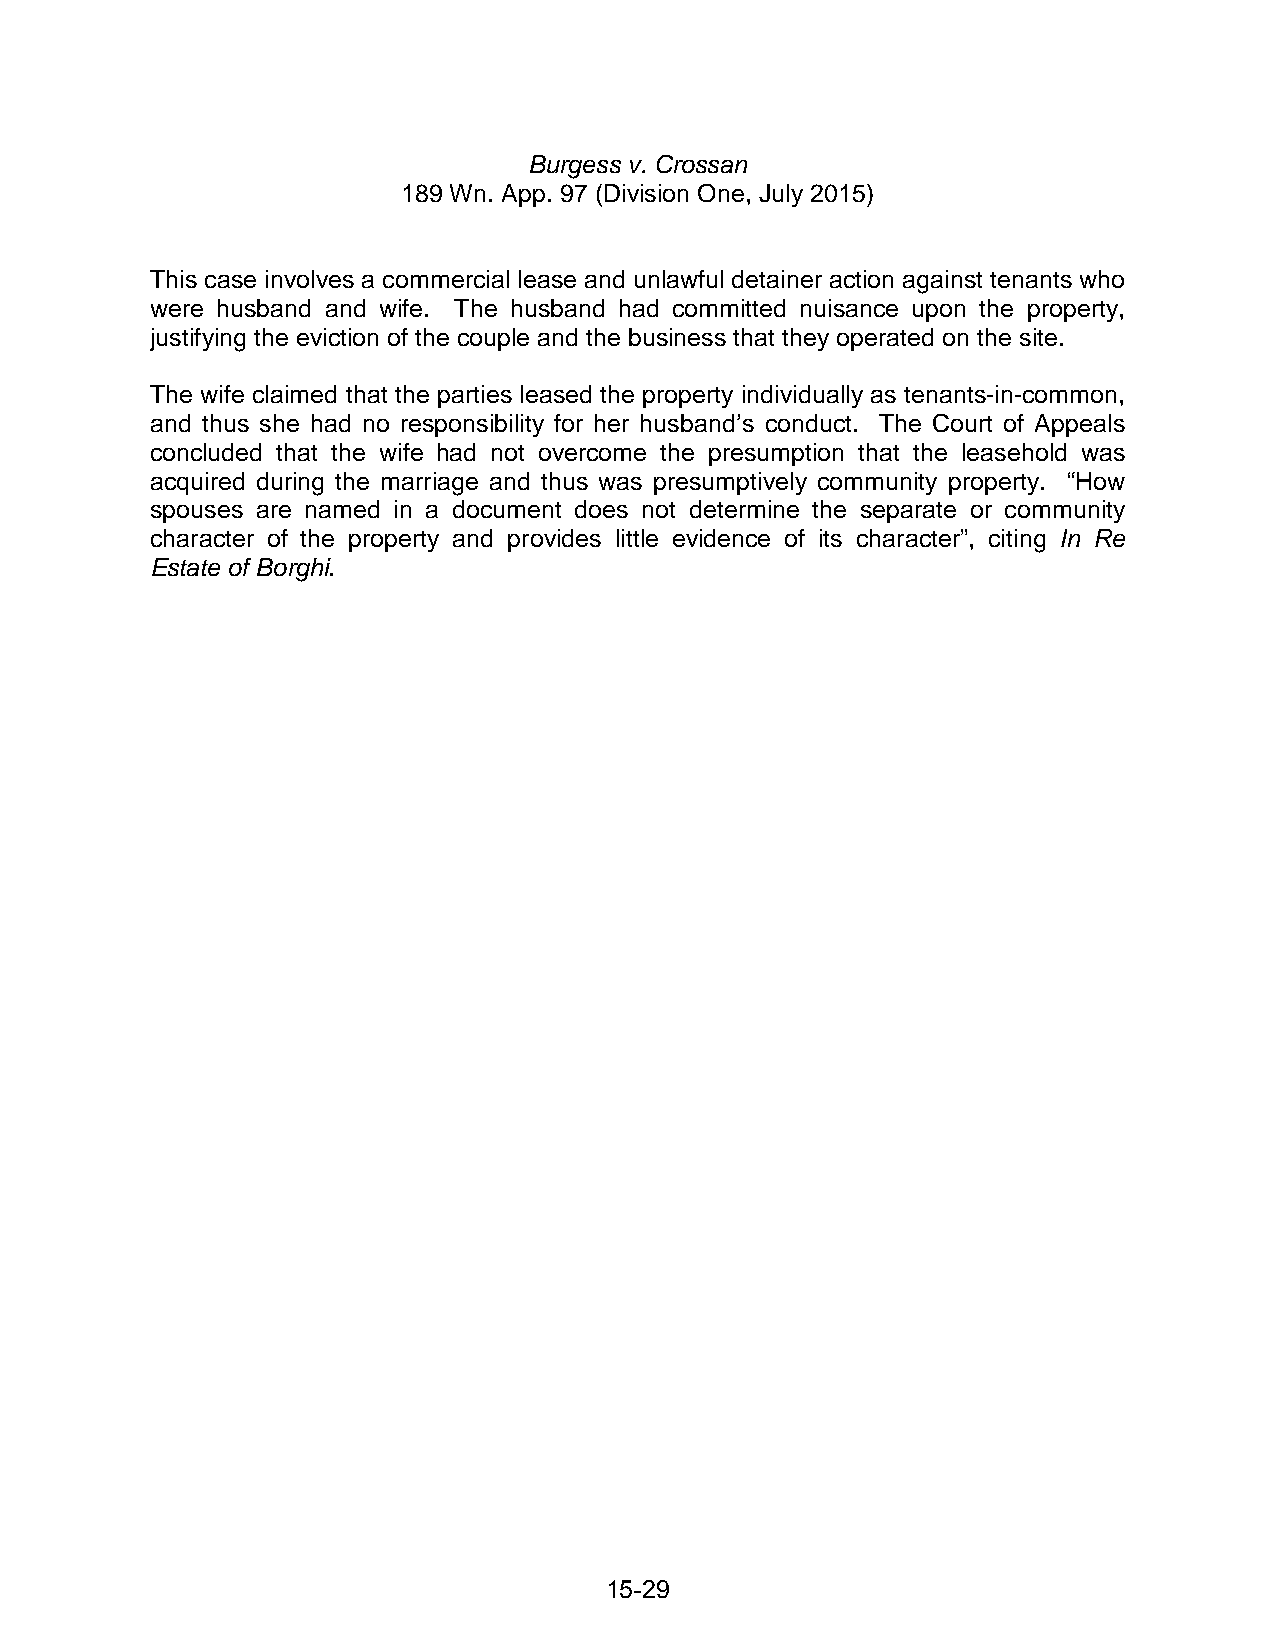
Burgess v. Crossan
 189 Wn. App. 97 (Division One, July 2015)
 This case involves a commercial lease and unlawful detainer action against tenants who
 were husband and wife. The husband had committed nuisance upon the property,
 justifying the eviction of the couple and the business that they operated on the site.
 The wife claimed that the parties leased the property individually as tenants-in-common,
 and thus she had no responsibility for her husband’s conduct. The Court of Appeals
 concluded that the wife had not overcome the presumption that the leasehold was
 acquired during the marriage and thus was presumptively community property. “How
 spouses are named in a document does not determine the separate or community
 character of the property and provides little evidence of its character”, citing In Re
 Estate of Borghi.
 15-29